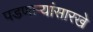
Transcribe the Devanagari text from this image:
पडणाऱ्यांसारखे